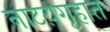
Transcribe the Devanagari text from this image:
नाटय़गृहात